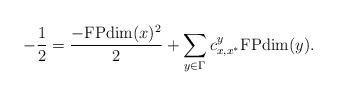
LaTeX: \begin{align*}-\dfrac{1}{2}&=\dfrac{-\mathrm{FPdim}(x)^2}{2}+\sum_{y\in\Gamma}c_{x,x^\ast}^y\mathrm{FPdim}(y).\end{align*}